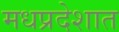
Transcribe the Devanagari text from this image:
मधप्रदेशात